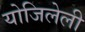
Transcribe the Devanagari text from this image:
योजिलेली